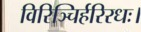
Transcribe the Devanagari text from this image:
विरिञ्चिर्हरिरधः।